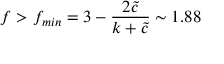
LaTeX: f > f _ { m i n } = 3 - \frac { 2 { \tilde { c } } } { k + { \tilde { c } } } \sim 1 . 8 8 \,